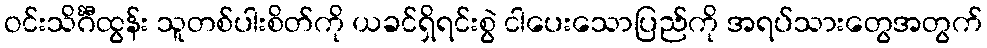
ဝင်းသိင်္ဂီထွန်း သူတစ်ပါးစိတ်ကို ယခင်ရှိရင်းစွဲ ငါပေးသောပြည်ကို အရပ်သားတွေအတွက်